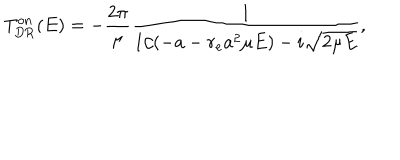
T _ { \mathrm { D R } } ^ { \mathrm { o n } } ( E ) = - \frac { 2 \pi } { \mu } \frac { 1 } { 1 / ( - a - r _ { e } a ^ { 2 } \mu E ) - i \sqrt { 2 \mu E } } ,